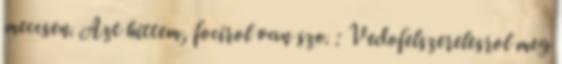
meccsen. Azt hittem, focirol van szo. : Vedofelszerelesrol meg